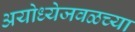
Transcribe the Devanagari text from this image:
अयोध्येजवळच्या